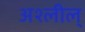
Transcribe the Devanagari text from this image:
अश्लील्